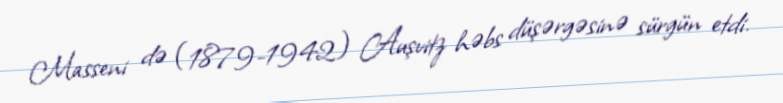
Masseni də (1879-1942) Auşvitz həbs düşərgəsinə sürgün etdi.